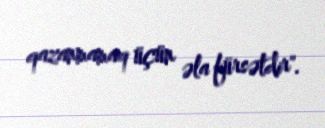
qazanmamaq üçün əla fürsətdir".